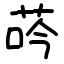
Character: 荶